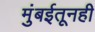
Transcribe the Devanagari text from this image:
मुंबईतूनही